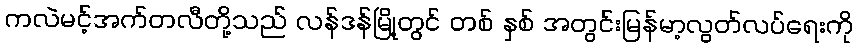
ကလဲမင့်အက်တလီတို့သည် လန်ဒန်မြို့တွင် တစ် နှစ် အတွင်းမြန်မာ့လွတ်လပ်ရေးကို